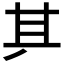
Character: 𠀫